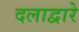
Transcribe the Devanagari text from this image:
दलाद्वारे